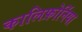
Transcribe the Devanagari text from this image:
कालिफ़ोर्निया